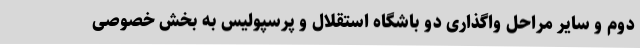
دوم و سایر مراحل واگذاری دو باشگاه استقلال و پرسپولیس به بخش خصوصی